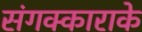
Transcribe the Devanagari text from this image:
संगक्काराके